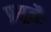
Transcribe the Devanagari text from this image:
प्रसूनैः